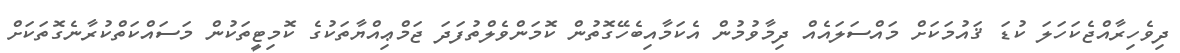
ދިވެހިރާއްޖެކަހަލަ ކުޑަ ޤައުމަކަށް މައްސަލައެއް ދިމާވުމުން އެކަމާއިބެހޭގޮތުން ކޮމަންވެލްތުފަދަ ޖަމްޢިއްޔާތަކުގެ ކޮމިޓީތަކުން މަސައްކަތްކުރާނެގޮތަކަށް